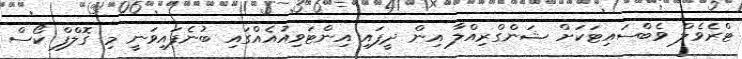
ޓްރެވެލް ވެބްސައިޓަކަށް ޝަންގްރިއްލާ އިން ދީފައި އިންޓަވިއުއެއްގައި ބުނެފައިވަނީ މި ގޮލްފް ކޯސް